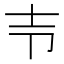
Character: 壭